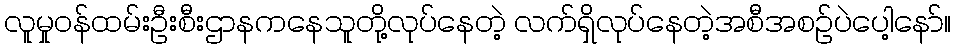
လူမှုဝန်ထမ်းဦးစီးဌာနကနေသူတို့လုပ်နေတဲ့ လက်ရှိလုပ်နေတဲ့အစီအစဉ်ပဲပေါ့နော်။